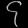
Digit: ၄